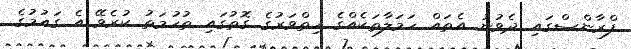
ފްރާންސްގައި ދެވުނު އެތައް ހަމަލާތަކެއްގެ ހިތްވަރުގެ ގޮތުގައި ތުހުމަތު ކުރެވޭ އެ ގައުމުގެ